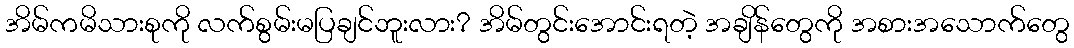
အိမ်ကမိသားစုကို လက်စွမ်းမပြချင်ဘူးလား? အိမ်တွင်းအောင်းရတဲ့ အချိန်တွေကို အစားအသောက်တွေ